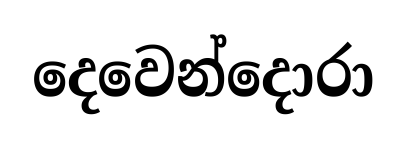
දෙවෙන්දොරා